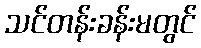
သင်တန်းခန်းမတွင်